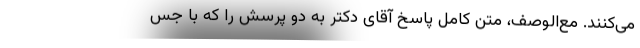
می‌کنند. مع‌الوصف، متن کامل پاسخ آقای دکتر به دو پرسش را که با جس